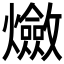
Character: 𤒦